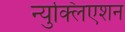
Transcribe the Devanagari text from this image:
न्युक्लिएशन